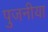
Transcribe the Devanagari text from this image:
पुजनीया